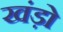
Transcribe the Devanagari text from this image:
खंड़ो